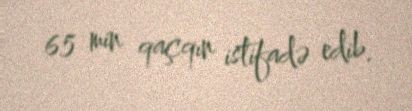
65 min qaçqın istifadə edib.